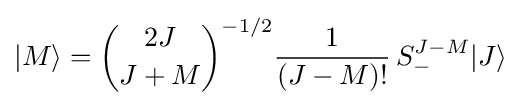
|M\rangle ={\binom {2J}{J+M}}^{-1/2}{\frac {1}{(J-M)!}}\,S_{-}^{J-M}|J\rangle